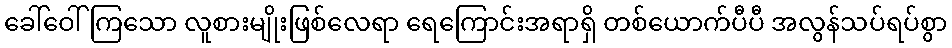
ခေါ်ဝေါ်ကြသော လူစားမျိုးဖြစ်လေရာ ရေကြောင်းအရာရှိ တစ်ယောက်ပီပီ အလွန်သပ်ရပ်စွာ